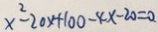
x ^ { 2 } - 2 0 x + 1 0 0 - 4 x - 2 0 = 0 .